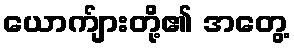
ယောက်ျားတို့၏ အတွေ့